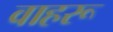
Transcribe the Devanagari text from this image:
वाहरू